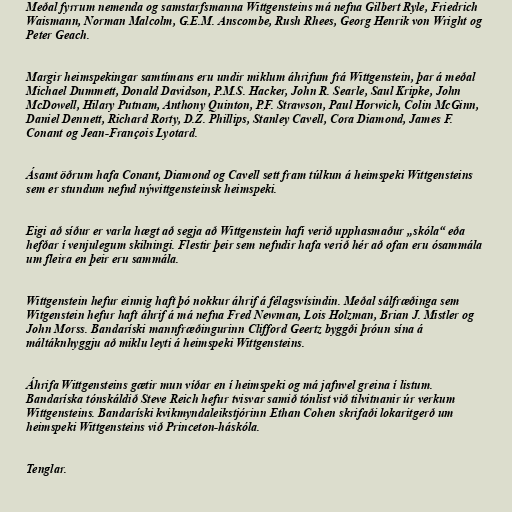
Meðal fyrrum nemenda og samstarfsmanna Wittgensteins má nefna Gilbert Ryle, Friedrich
Waismann, Norman Malcolm, G.E.M. Anscombe, Rush Rhees, Georg Henrik von Wright og
Peter Geach.

Margir heimspekingar samtímans eru undir miklum áhrifum frá Wittgenstein, þar á meðal
Michael Dummett, Donald Davidson, P.M.S. Hacker, John R. Searle, Saul Kripke, John
McDowell, Hilary Putnam, Anthony Quinton, P.F. Strawson, Paul Horwich, Colin McGinn,
Daniel Dennett, Richard Rorty, D.Z. Phillips, Stanley Cavell, Cora Diamond, James F.
Conant og Jean-François Lyotard.

Ásamt öðrum hafa Conant, Diamond og Cavell sett fram túlkun á heimspeki Wittgensteins
sem er stundum nefnd nýwittgensteinsk heimspeki.

Eigi að síður er varla hægt að segja að Wittgenstein hafi verið upphasmaður „skóla“ eða
hefðar í venjulegum skilningi. Flestir þeir sem nefndir hafa verið hér að ofan eru ósammála
um fleira en þeir eru sammála.

Wittgenstein hefur einnig haft þó nokkur áhrif á félagsvísindin. Meðal sálfræðinga sem
Witgenstein hefur haft áhrif á má nefna Fred Newman, Lois Holzman, Brian J. Mistler og
John Morss. Bandaríski mannfræðingurinn Clifford Geertz byggði þróun sína á
máltáknhyggju að miklu leyti á heimspeki Wittgensteins.

Áhrifa Wittgensteins gætir mun víðar en í heimspeki og má jafnvel greina í listum.
Bandaríska tónskáldið Steve Reich hefur tvisvar samið tónlist við tilvitnanir úr verkum
Wittgensteins. Bandaríski kvikmyndaleikstjórinn Ethan Cohen skrifaði lokaritgerð um
heimspeki Wittgensteins við Princeton-háskóla.

Tenglar.